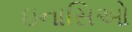
ઇનાસિઓ